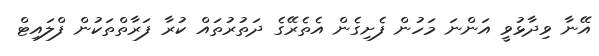
އޭނާ ވިދާޅުވީ އަންނަ މަހުން ފެށިގެން އެތެރޭގެ ދަތުރުތައް ކުރާ ފަރާތްތަކުން ފްލައިޓް